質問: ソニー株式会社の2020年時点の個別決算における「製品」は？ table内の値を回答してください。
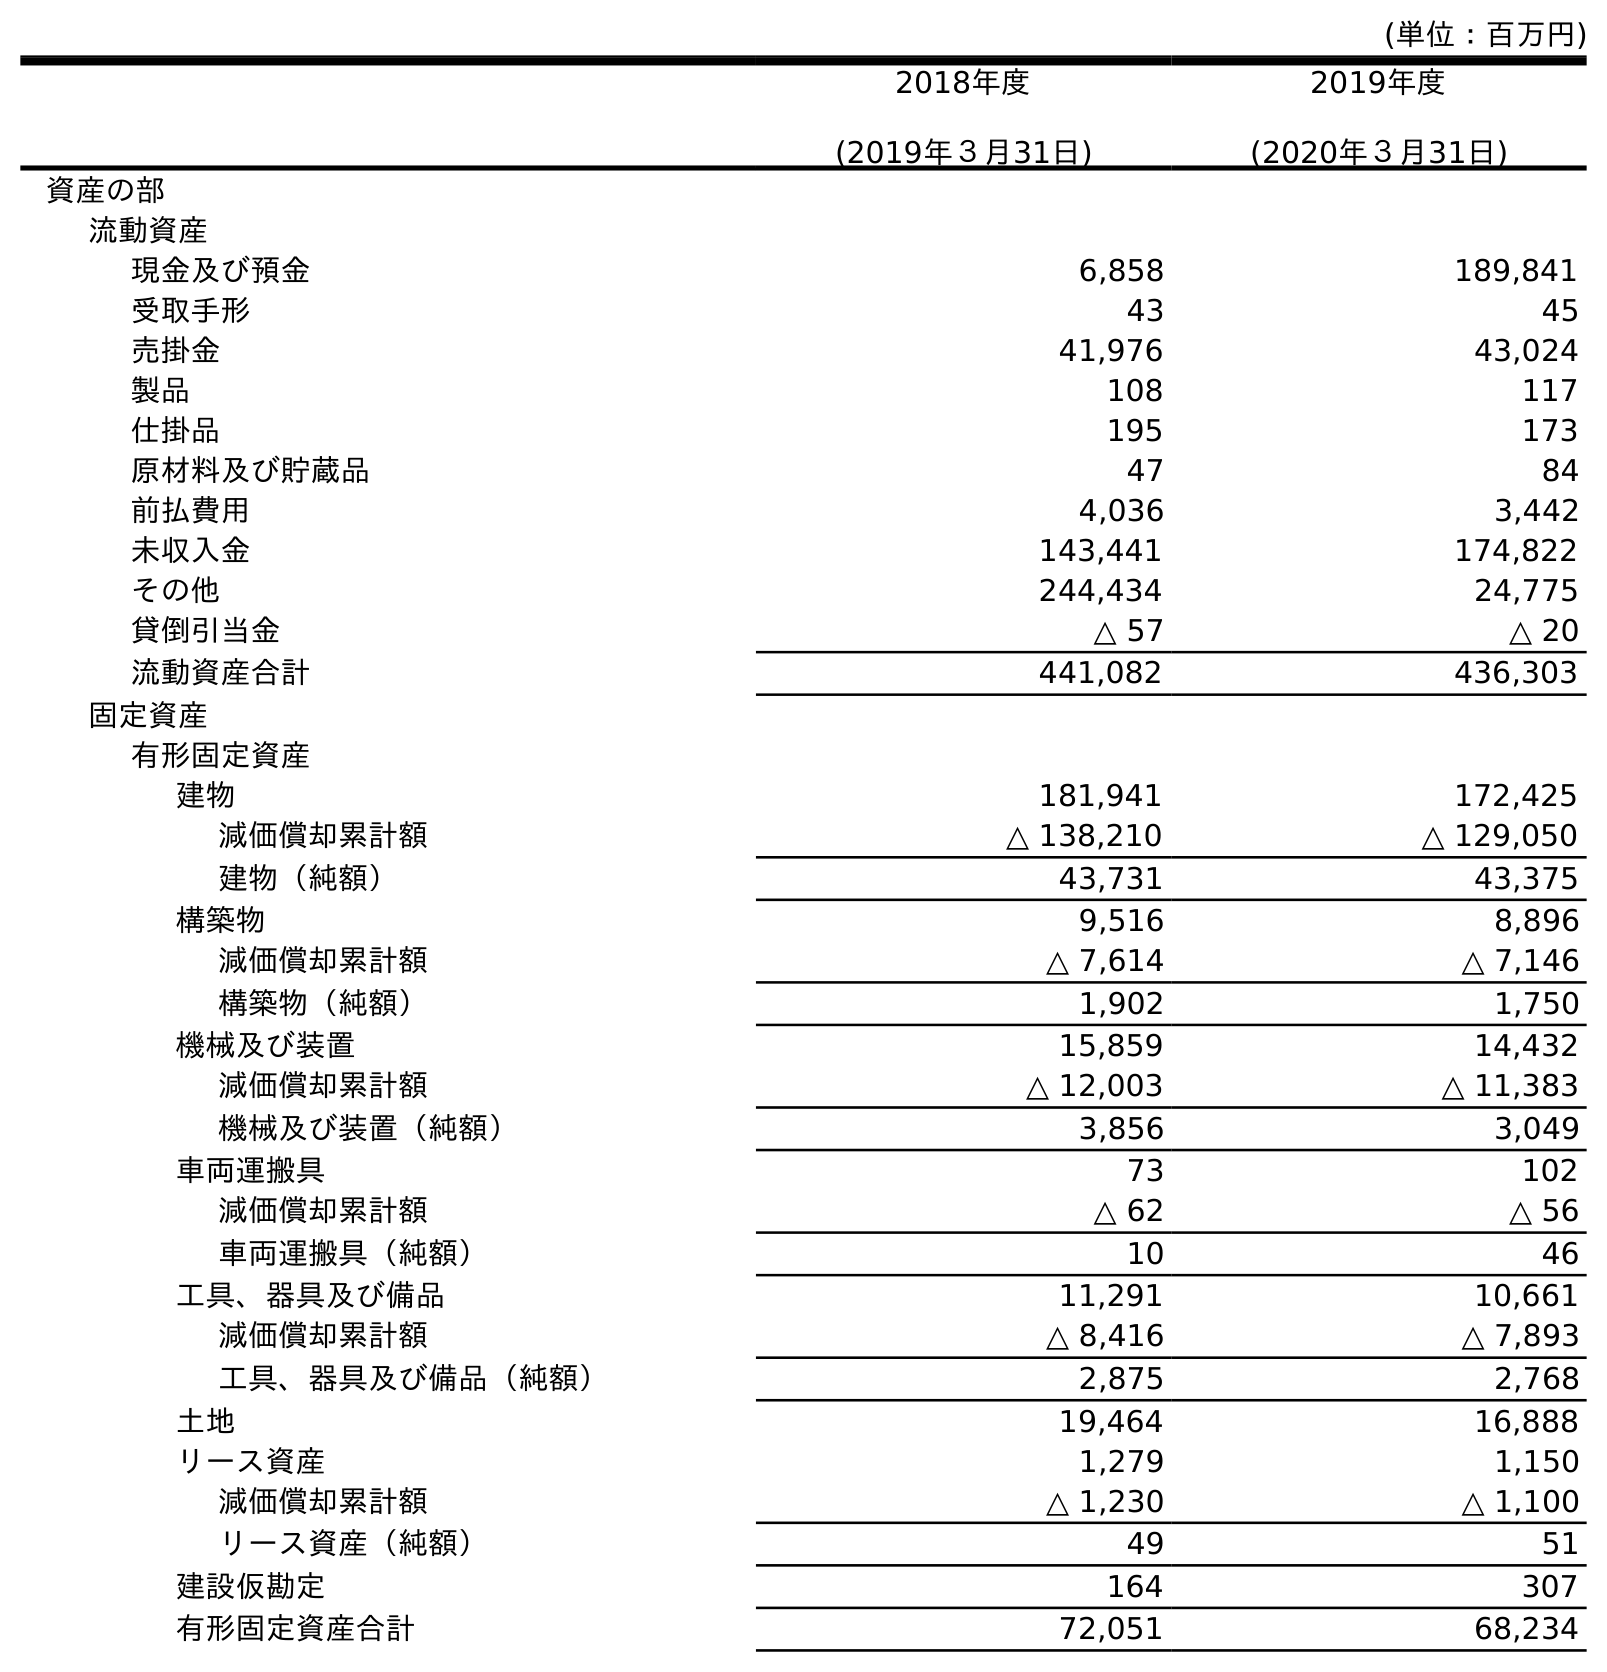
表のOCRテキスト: (単位：百万円) 2018年度 (2019年３月31日) 2019年度 (2020年３月31日) 資産の部 流動資産 現金及び預金 6,858 189,841 受取手形 43 45 売掛金 41,976 43,024 製品 108 117 仕掛品 195 173 原材料及び貯蔵品 47 84 前払費用 4,036 3,442 未収入金 143,441 174,822 その他 244,434 24,775 貸倒引当金 △ 57 △ 20 流動資産合計 441,082 436,303 固定資産 有形固定資産 建物 181,941 172,425 減価償却累計額 △ 138,210 △ 129,050 建物（純額） 43,731 43,375 構築物 9,516 8,896 減価償却累計額 △ 7,614 △ 7,146 構築物（純額） 1,902 1,750 機械及び装置 15,859 14,432 減価償却累計額 △ 12,003 △ 11,383 機械及び装置（純額） 3,856 3,049 車両運搬具 73 102 減価償却累計額 △ 62 △ 56 車両運搬具（純額） 10 46 工具、器具及び備品 11,291 10,661 減価償却累計額 △ 8,416 △ 7,893 工具、器具及び備品（純額） 2,875 2,768 土地 19,464 16,888 リース資産 1,279 1,150 減価償却累計額 △ 1,230 △ 1,100 リース資産（純額） 49 51 建設仮勘定 164 307 有形固定資産合計 72,051 68,234
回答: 117